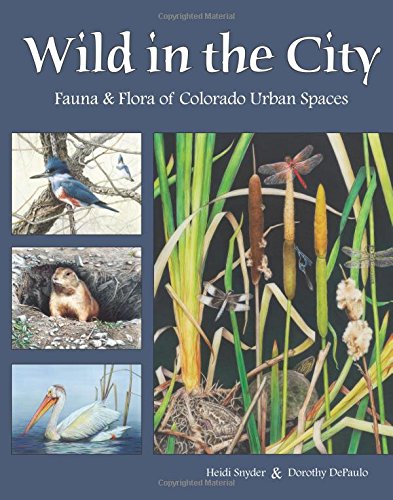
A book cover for Wild in the City: Fauna & Flora of Colorado Urban Spaces; Heidi Snyder; Crafts, Hobbies & Home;